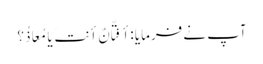
آپ نے فرمایا :أ فَتَّانٌ أنتَ یَا مُعَاذُ؟